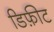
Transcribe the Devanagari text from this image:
डिफ़ीट